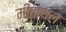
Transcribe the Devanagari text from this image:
मीताथल